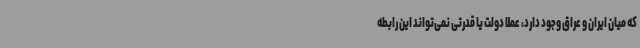
که میان ایران و عراق وجود دارد، عملا دولت یا قدرتی نمی‌تواند این رابطه